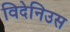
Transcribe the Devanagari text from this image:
विदेनिउस